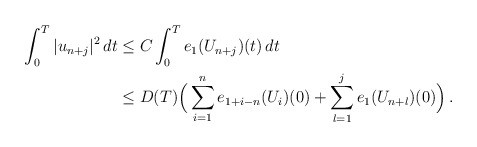
\begin{align*}\int_0^T |u_{n+j}|^2 \,dt &\le C \int_0^T e_1(U_{n+j})(t)\,dt \\&\le D(T) \Big(\sum_{i=1}^n e_{1+i-n}(U_i)(0) + \sum_{l=1}^j e_1(U_{n+l})(0)\Big)\,.\end{align*}